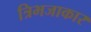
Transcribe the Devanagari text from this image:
त्रिभजाकार